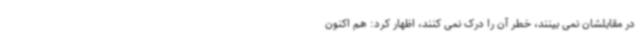
در مقابلشان نمی بینند، خطر آن را درک نمی کنند، اظهار کرد: هم اکنون